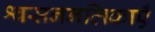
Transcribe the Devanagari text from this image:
श्वसननलिकाएँ